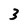
Character: 3